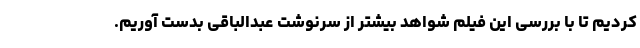
کردیم تا با بررسی این فیلم شواهد بیشتر از سرنوشت عبدالباقی بدست آوریم.